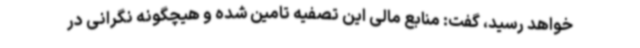
خواهد رسید، گفت: منابع مالی این تصفیه تامین شده و هیچگونه نگرانی در